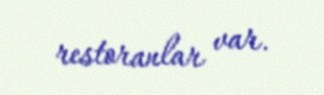
restoranlar var.